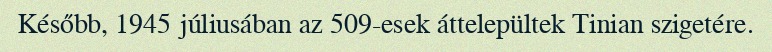
Később, 1945 júliusában az 509-esek áttelepültek Tinian szigetére.